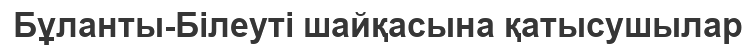
Бұланты-Білеуті шайқасына қатысушылар